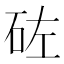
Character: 𥑰